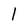
Character: l